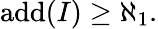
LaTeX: \operatorname{add}(I)\geq\aleph_{1}.